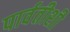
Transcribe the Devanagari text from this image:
पार्वतीशी